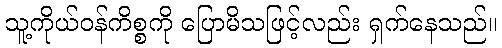
သူ့ကိုယ်ဝန်ကိစ္စကို ပြောမိသဖြင့်လည်း ရှက်နေသည်။